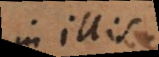
in illis